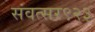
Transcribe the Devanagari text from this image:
संवत्सर९२३